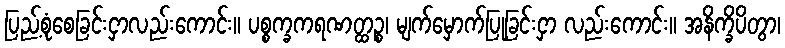
ပြည့်စုံစေခြင်းငှာလည်းကောင်း။ ပစ္စက္ခကရဏတ္ထဉ္စ၊ မျက်မှောက်ပြုခြင်းငှာ လည်းကောင်း။ အနိက္ခိပိတွာ၊